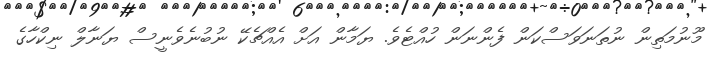
މޫނުމަތިން ނުތަނަވަސްކަން ފެންނަން ހުއްޓެވެ. ޔަމާން އަށް އެއްޗެކޭ ނުބުނެވެނީސް ޔަނާލް ނިކްހާގެ